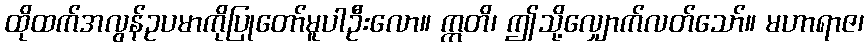
ထိုထက်အလွန်ဥပမာကိုပြုတော်မူပါဦးလော။ ဣတိ၊ ဤသို့လျှောက်လတ်သော်။ မဟာရာဇ၊